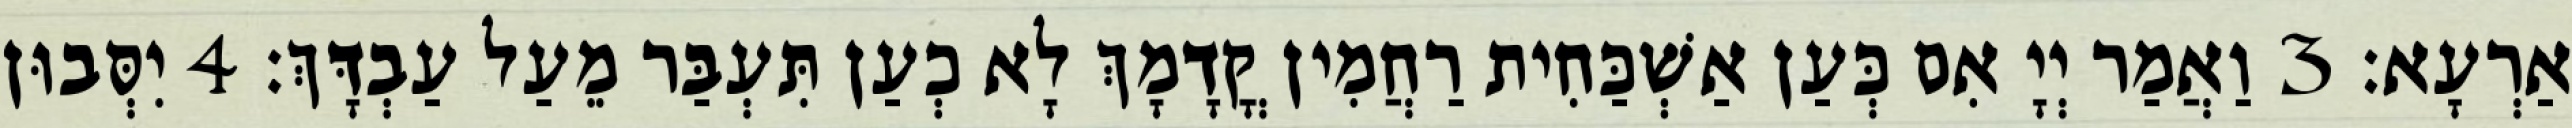
אַרְעָא׃ 3 וַאֲמַר יְיָ אִם כְּעַן אַשְׁכַּחִית רַחֲמִין קֳדָמָךְ לָא כְעַן תִּעְבַּר מֵעַל עַבְדָּךְ׃ 4 יִסְּבוּן